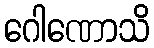
ဂေါဏောသိ